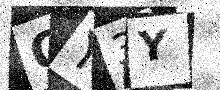
Text: QY3Y